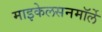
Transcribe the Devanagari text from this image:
माइकेलसनमॉर्ले